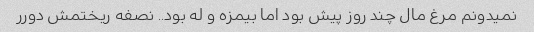
نمیدونم مرغ مال چند روز پیش بود اما بیمزه و له بود.. نصفه ریختمش دورر